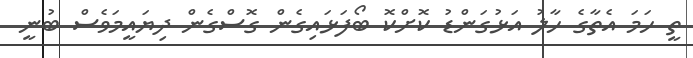
ތީ ހަމަ އެތާގެ ހާލު އަޅުގަންޑު ކޮށްކޮ ބޯފަޅައިގެން ގޮސްގެން ދިޔައީމަވެސް ބުނީ